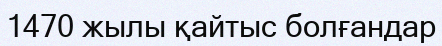
1470 жылы қайтыс болғандар